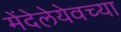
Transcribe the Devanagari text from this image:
मेंदेलेयेवच्या